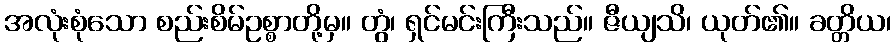
အလုံးစုံသော စည်းစိမ်ဥစ္စာတို့မှ။ တွံ၊ ရှင်မင်းကြီးသည်။ ဇီယျသိ၊ ယုတ်၏။ ခတ္တိယ၊